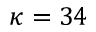
\kappa = 3 4